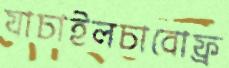
যাচাইলচাবোফ্র